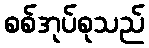
စစ်အုပ်စုသည်